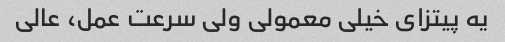
یه پیتزای خیلی معمولی ولی سرعت عمل، عالی